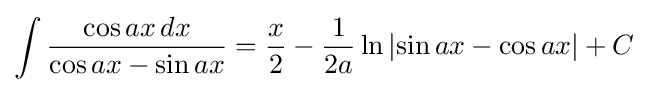
\int {\frac {\cos ax\,dx}{\cos ax-\sin ax}}={\frac {x}{2}}-{\frac {1}{2a}}\ln \left|\sin ax-\cos ax\right|+C